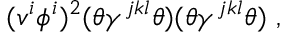
( v ^ { i } \phi ^ { i } ) ^ { 2 } ( \theta \gamma ^ { j k l } \theta ) ( \theta \gamma ^ { j k l } \theta ) ~ ,